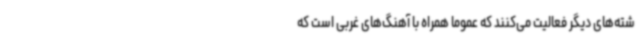
شته‌های دیگر فعالیت می‌کنند که عموما همراه با آهنگ‌های غربی است که